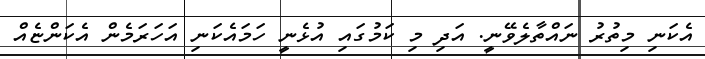
އެކަނި މިތުރު ނައްތާލެވޭނީ. އަދި މި ކަމުގައި އުޅެނީ ހަމައެކަނި އަހަރަމެން އެކަންޏެއް